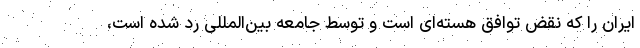
ایران را که نقض توافق هسته‌ای است و توسط جامعه بین‌المللی رد شده است،